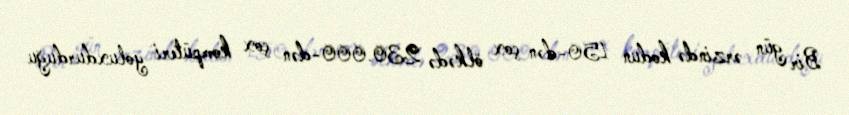
Bir gün ərzində kodun 150-dən çox ölkədə 230.000-dən çox kompüteri yoluxdurduğu